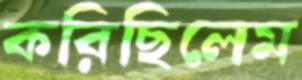
করিছিলেম